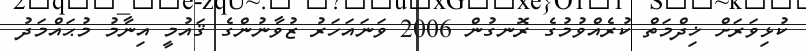
ކުޅިވަރަށް ޚިދްމަތް ކުރެއްވުމުގެ ރޮނގުން 2006 ވަނައަހަރު ޒުވާނުންގެ ޤައުމީ އިނާމު މުޙައްމަދު